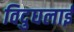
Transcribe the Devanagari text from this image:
विदुघलाई